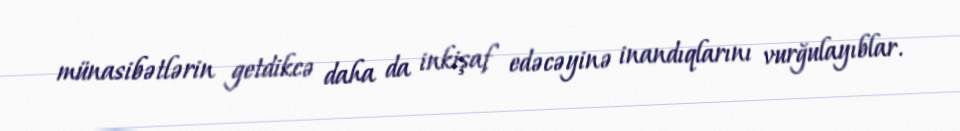
münasibətlərin getdikcə daha da inkişaf edəcəyinə inandıqlarını vurğulayıblar.